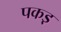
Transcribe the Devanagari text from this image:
पकड़़